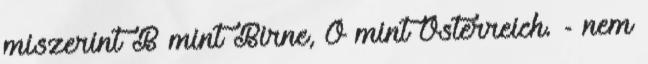
miszerint B mint Birne, Ö mint Österreich. - nem